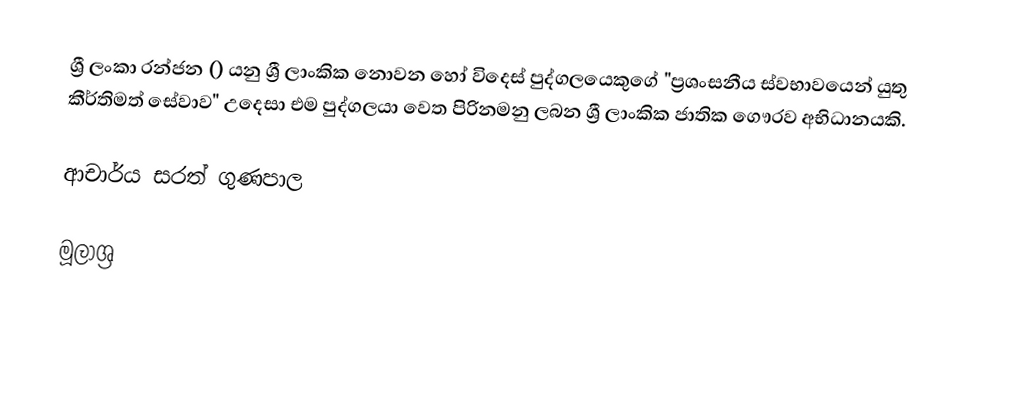
ශ්‍රී ලංකා රන්ජන () යනු ශ්‍රී ලාංකික නොවන හෝ විදෙස් පුද්ගලයෙකුගේ "ප්‍රශංසනීය ස්වභාවයෙන් යුතු කීර්තිමත් සේවාව" උදෙසා එම පුද්ගලයා වෙත පිරිනමනු ලබන ශ්‍රී ලාංකික ජාතික ගෞරව අභිධානයකි.

 ආචාර්ය සරත් ගුණපාල

මූලාශ්‍ර